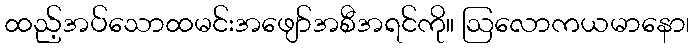
ထည့်အပ်သောထမင်းအဖျော်အစီအရင်ကို။ ဩလောကယမာနော၊